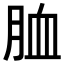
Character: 𦚡